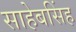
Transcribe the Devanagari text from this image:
साहेबसिंह